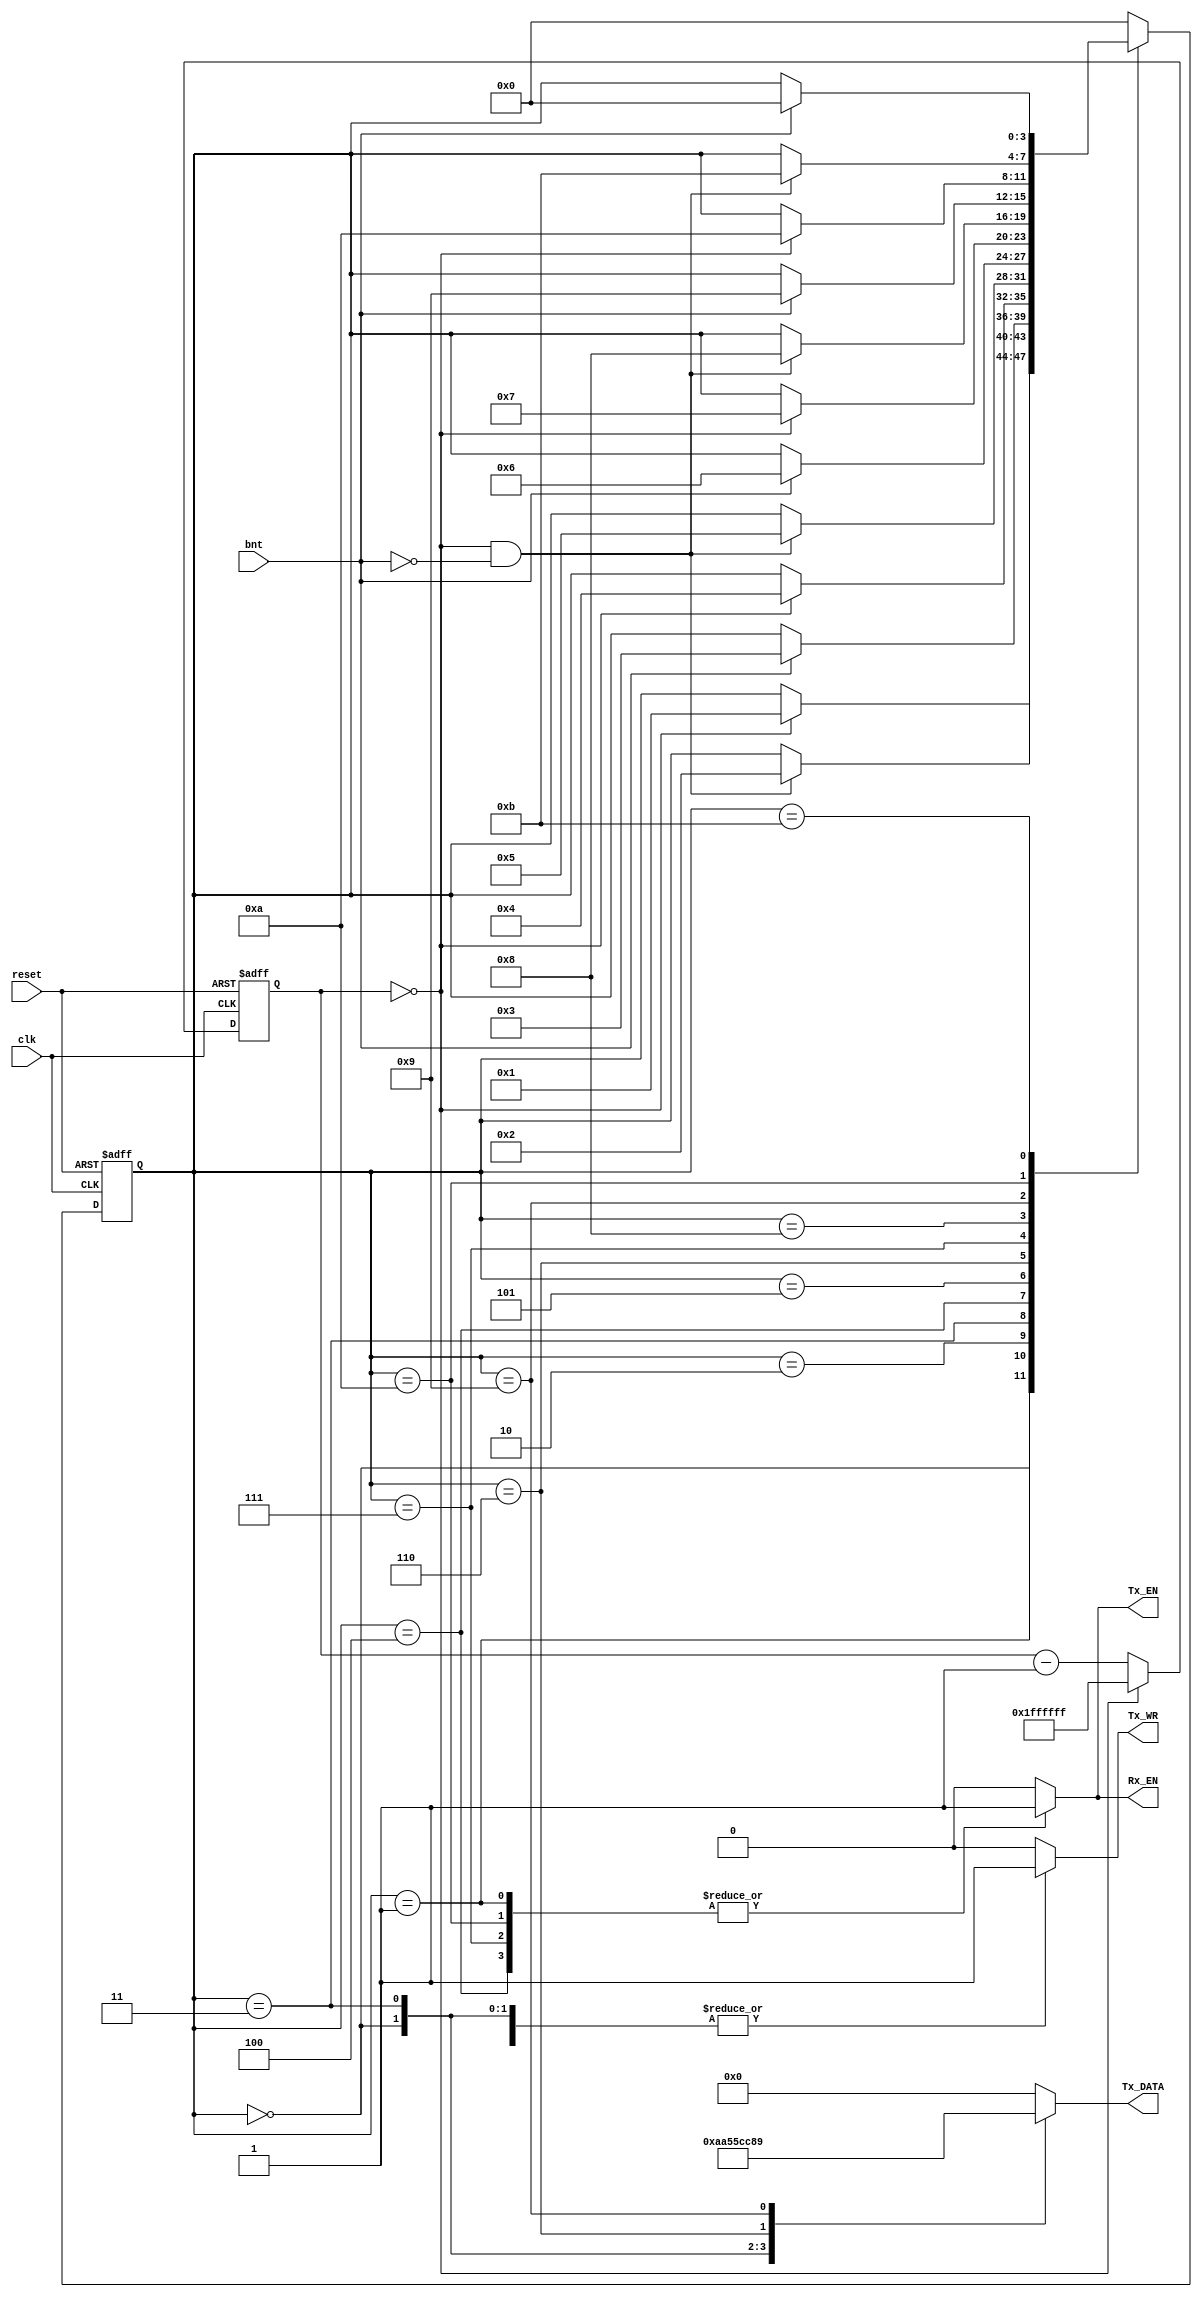
module system_controller(
    input reset,
    input clk,
    input bnt,
    output reg [7:0] Tx_DATA,
    output reg Tx_EN,
    output reg Tx_WR,
    output reg Rx_EN);

    reg  [3:0] current_state;
    reg  [3:0] next_state;
    reg [24:0] counter;
    parameter state_writeAA = 4'h0,
              state_sentAA  = 4'h1,
              state_waitAA  = 4'h2,

              state_write55 = 4'h3,
              state_sent55  = 4'h4,
              state_wait55  = 4'h5,

              state_writeCC = 4'h6,
              state_sentCC  = 4'h7,
              state_waitCC  = 4'h8,

              state_write89 = 4'h9,
              state_sent89  = 4'hA,
              state_wait89  = 4'hB;

    always @(posedge clk or posedge reset) begin
        if (reset)
            current_state <= state_writeAA;
        else
            current_state <= next_state;
    end

    always @(posedge clk or posedge reset) begin
        if (reset)
            counter <= 25'hFFFFFFF; //19'h2927;
        else begin
            if (!counter)
                counter <= 25'hFFFFFFF;
            else 
                counter <= counter - 1'b1;
        end
    end

    always @(current_state or counter or bnt) begin
        next_state = current_state;
        Tx_EN   = 1'b0;
        Tx_WR   = 1'b0;
        Rx_EN   = 1'b0;
        Tx_DATA = 8'h0;
        case (current_state)
            state_writeAA: begin
                if(!counter) next_state = state_sentAA;
                else next_state = current_state;

                Tx_EN   = 1'b0;
                Tx_WR   = 1'b1;
                Rx_EN   = 1'b0;
                Tx_DATA = 8'hAA;
            end
            state_sentAA: begin
                if (!counter && !bnt) next_state = state_waitAA;
                else next_state = current_state;

                Tx_EN   = 1'b1;
                Tx_WR   = 1'b0;
                Rx_EN   = 1'b1;
                Tx_DATA = 8'h0;
            end
            state_waitAA: begin
                if (bnt) next_state = state_write55;
                else next_state = current_state;

                Tx_EN   = 1'b0;
                Tx_WR   = 1'b0;
                Rx_EN   = 1'b0;
                Tx_DATA = 8'h00;
            end
            state_write55: begin
                if(!counter) next_state = state_sent55;
                else next_state = current_state;

                Tx_EN   = 1'b0;
                Tx_WR   = 1'b1;
                Rx_EN   = 1'b0;
                Tx_DATA = 8'h55;
            end
            state_sent55: begin
                if (!counter && !bnt) next_state = state_wait55;
                else next_state = current_state;

                Tx_EN   = 1'b1;
                Tx_WR   = 1'b0;
                Rx_EN   = 1'b1;
                Tx_DATA = 8'h0;
            end
            state_wait55: begin
                if (bnt) next_state = state_writeCC;
                else next_state = current_state;

                Tx_EN   = 1'b0;
                Tx_WR   = 1'b0;
                Rx_EN   = 1'b0;
                Tx_DATA = 8'h00;
            end
            state_writeCC: begin
                if(!counter) next_state = state_sentCC;
                else next_state = current_state;

                Tx_EN   = 1'b0;
                Tx_WR   = 1'b1;
                Rx_EN   = 1'b0;
                Tx_DATA = 8'hCC;
            end
            state_sentCC: begin
                if (!counter && !bnt) next_state = state_waitCC;
                else next_state = current_state;

                Tx_EN   = 1'b1;
                Tx_WR   = 1'b0;
                Rx_EN   = 1'b1;
                Tx_DATA = 8'h0;
            end
            state_waitCC: begin
                if (bnt) next_state = state_write89;
                else next_state = current_state;

                Tx_EN   = 1'b0;
                Tx_WR   = 1'b0;
                Rx_EN   = 1'b0;
                Tx_DATA = 8'h00;
            end
            state_write89: begin
                if(!counter) next_state = state_sent89;
                else next_state = current_state;

                Tx_EN   = 1'b0;
                Tx_WR   = 1'b1;
                Rx_EN   = 1'b0;
                Tx_DATA = 8'h89;
            end
            state_sent89: begin
                if (!counter && !bnt) next_state = state_wait89;
                else next_state = current_state;

                Tx_EN   = 1'b1;
                Tx_WR   = 1'b0;
                Rx_EN   = 1'b1;
                Tx_DATA = 8'h0;
            end
            state_wait89: begin
                if (bnt) next_state = state_writeAA;
                else next_state = current_state;

                Tx_EN   = 1'b0;
                Tx_WR   = 1'b0;
                Rx_EN   = 1'b0;
                Tx_DATA = 8'h00;
            end
            default: begin
                next_state = state_writeAA;
                Tx_EN   = 1'b0;
                Tx_WR   = 1'b0;
                Rx_EN   = 1'b0;
                Tx_DATA = 8'h0;
            end
        endcase
    end
endmodule